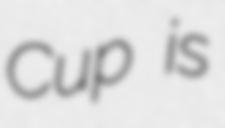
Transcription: Cup is